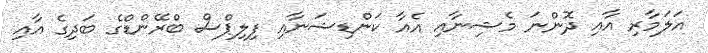
އަލަމާރި އާއި ދޮންނަ މެޝިނާއި އެއާ ކަންޑިޝަނާއި ފިލިޕްސް ބްރޭންޑްގެ ބަދިގެ އާއި